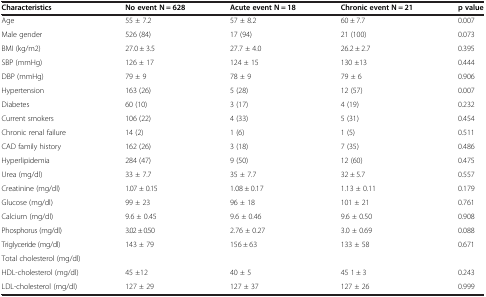
| Characteristics | No event N = 628 | Acute event N = 18 | Chronic event N = 21 | p value |
 | --- | --- | --- | --- | --- |
 | Age | 55 ± 7.2 | 57 ± 8.2 | 60 ± 7.7 | 0.007 |
 | Male gender | 526 (84) | 17 (94) | 21 (100) | 0.073 |
 | BMI (kg/m2) | 27.0 ± 3.5 | 27.7 ± 4.0 | 26.2 ± 2.7 | 0.395 |
 | SBP (mmHg) | 126 ± 17 | 124 ± 15 | 130 ±13 | 0.444 |
 | DBP (mmHg) | 79 ± 9 | 78 ± 9 | 79 ± 6 | 0.906 |
 | Hypertension | 163 (26) | 5 (28) | 12 (57) | 0.007 |
 | Diabetes | 60 (10) | 3 (17) | 4 (19) | 0.232 |
 | Current smokers | 106 (22) | 4 (33) | 5 (31) | 0.454 |
 | Chronic renal failure | 14 (2) | 1 (6) | 1 (5) | 0.511 |
 | CAD family history | 162 (26) | 3 (18) | 7 (35) | 0.486 |
 | Hyperlipidemia | 284 (47) | 9 (50) | 12 (60) | 0.475 |
 | Urea (mg/dl) | 33 ± 7.7 | 35 ± 7.7 | 32 ± 5.7 | 0.557 |
 | Creatinine (mg/dl) | 1.07 ± 0.15 | 1.08 ± 0.17 | 1.13 ± 0.11 | 0.179 |
 | Glucose (mg/dl) | 99 ± 23 | 96 ± 18 | 101 ± 21 | 0.761 |
 | Calcium (mg/dl) | 9.6 ± 0.45 | 9.6 ± 0.46 | 9.6 ± 0.50 | 0.908 |
 | Phosphorus (mg/dl) | 3.02 ± 0.50 | 2.76 ± 0.27 | 3.0 ± 0.69 | 0.088 |
 | Triglyceride (mg/dl) | 143 ± 79 | 156 ± 63 | 133 ± 58 | 0.671 |
 | Total cholesterol (mg/dl) |  |  |  |  |
 | HDL-cholesterol (mg/dl) | 45 ±12 | 40 ± 5 | 45 1 ± 3 | 0.243 |
 | LDL-cholesterol (mg/dl) | 127 ± 29 | 127 ± 37 | 127 ± 26 | 0.999 |